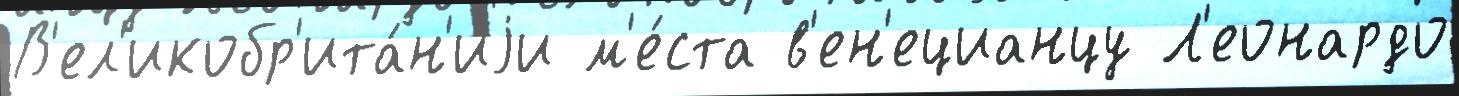
В'ел'икобр'ита́н'иjи м'е́ста в'ен'ецианцу Л'еонардо